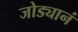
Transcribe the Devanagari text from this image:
जोड्यानं